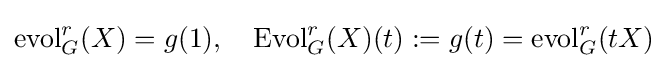
\operatorname {evol} _{G}^{r}(X)=g(1),\quad \operatorname {Evol} _{G}^{r}(X)(t):=g(t)=\operatorname {evol} _{G}^{r}(tX)